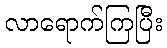
လာရောက်ကြပြီး